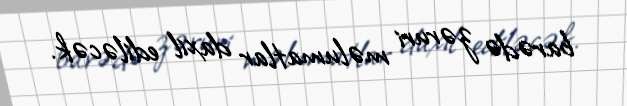
barədə zəruri məlumatlar daxil ediləcək.